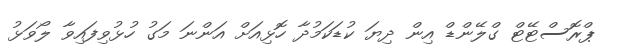
ޕްރޮސްޓޭޓް ގްލޭންޑް އިން ދިޔަ ކުޑަކަމުދާ ހޮޅިއަށް އަންނަ މަގު ހުޅުވިފައިވާ ލޯވަޅު